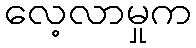
လေ့လာမှုက